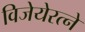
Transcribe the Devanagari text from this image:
विजेयेरत्ने